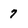
Character: 7